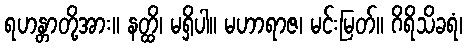
ရဟန္တာတို့အား။ နတ္ထိ၊ မရှိပါ။ မဟာရာဇ၊ မင်းမြတ်။ ဂိရိသိခရံ၊